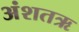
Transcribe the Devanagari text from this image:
अंशतऋ